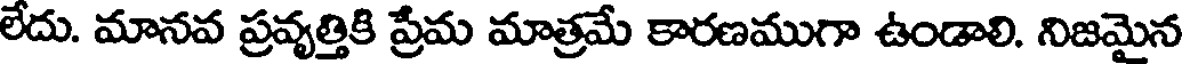
లేదు. మానవ ప్రవృత్తికి ప్రేమ మాత్రమే కారణముగా ఉండాలి. నిజమైన